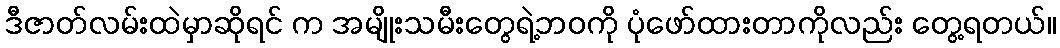
ဒီဇာတ်လမ်းထဲမှာဆိုရင် က အမျိုးသမီးတွေရဲ့ဘဝကို ပုံဖော်ထားတာကိုလည်း တွေ့ရတယ်။